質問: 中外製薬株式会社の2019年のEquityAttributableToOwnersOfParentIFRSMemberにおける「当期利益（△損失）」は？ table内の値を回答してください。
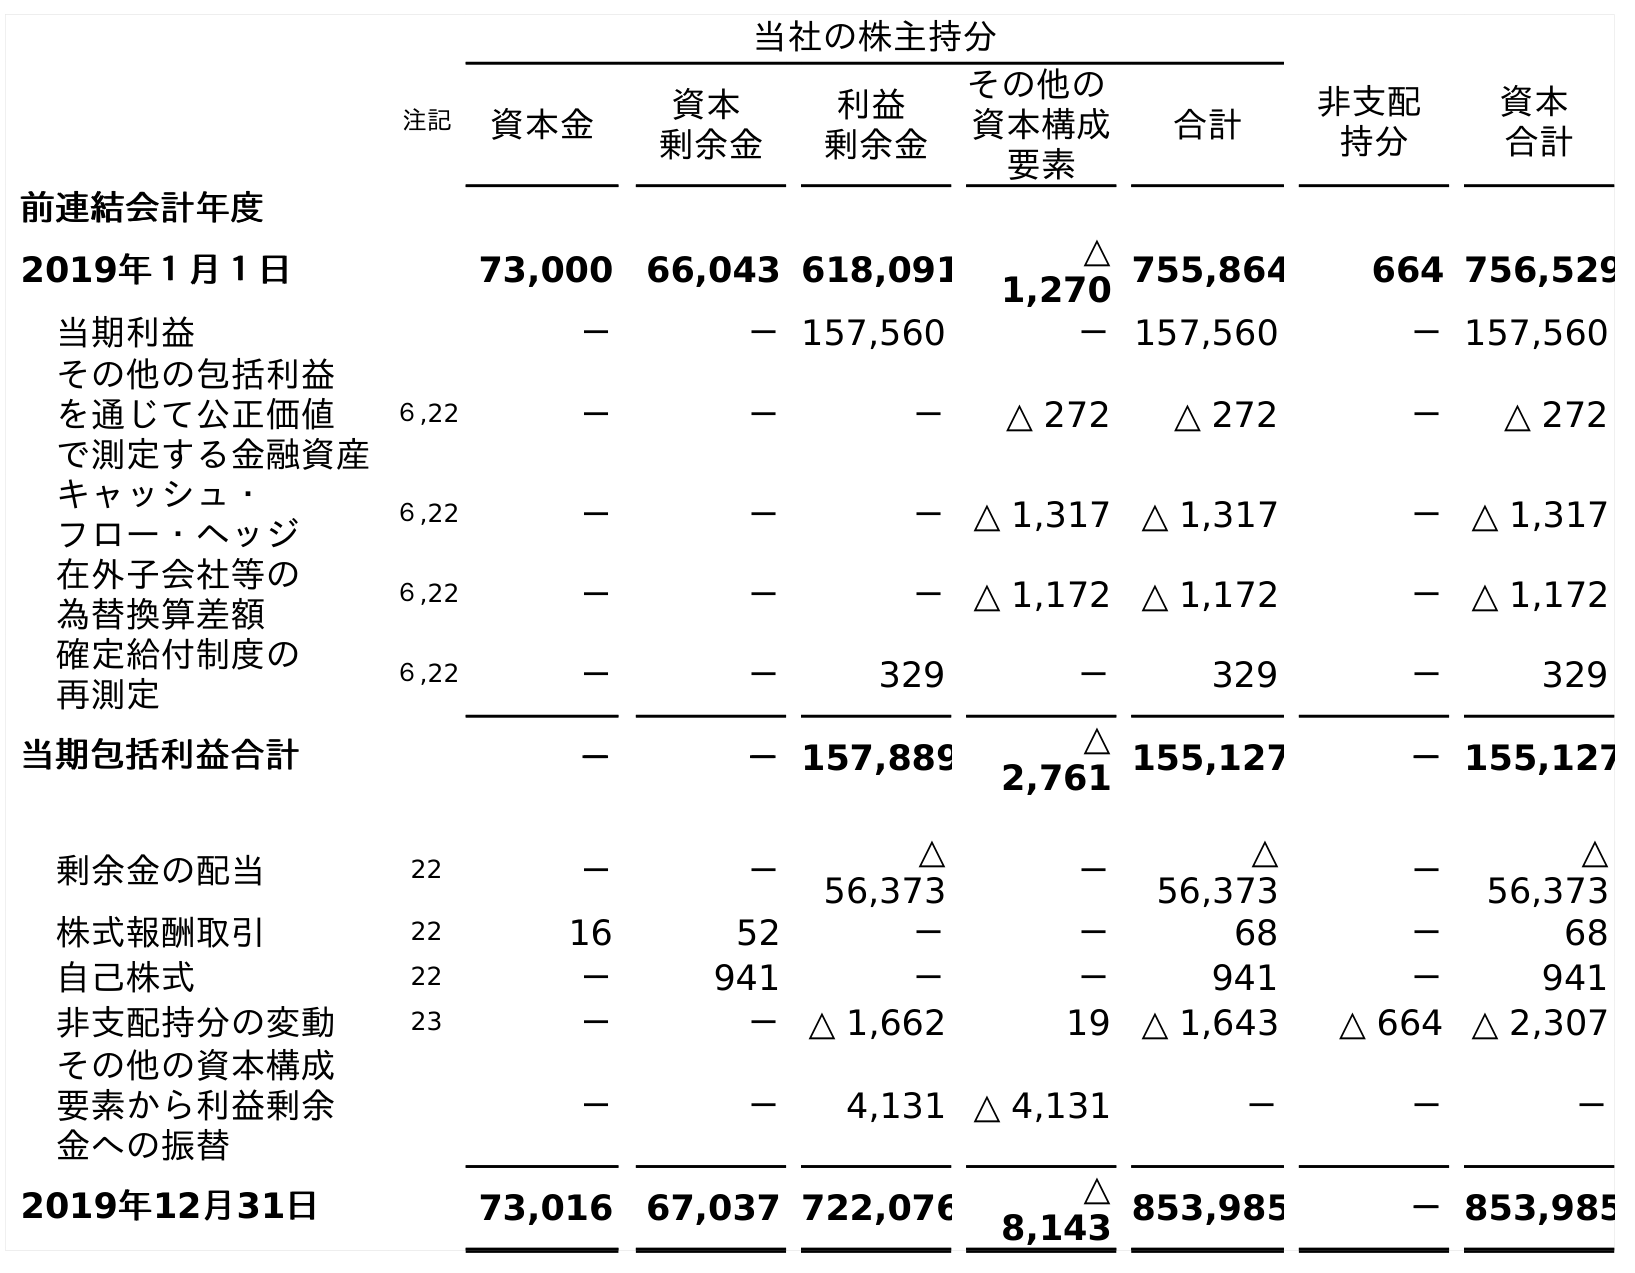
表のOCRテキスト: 当社の株主持分 注記 資本金 資本 剰余金 利益 剰余金 その他の 資本構成 要素 合計 非支配 持分 資本 合計 前連結会計年度 2019年１月１日 73,000 66,043 618,091 △ 1,270 755,864 664 756,529 当期利益 － －157,560 －157,560 －157,560 その他の包括利益 を通じて公正価値 で測定する金融資産 ６,22 － － － △ 272 △ 272 － △ 272 キャッシュ・ フロー・ヘッジ ６,22 － － －△ 1,317 △ 1,317 －△ 1,317 在外子会社等の 為替換算差額 ６,22 － － －△ 1,172 △ 1,172 －△ 1,172 確定給付制度の 再測定 ６,22 － － 329 － 329 － 329 当期包括利益合計 － －157,889 △ 2,761 155,127 －155,127 剰余金の配当 22 － － △ 56,373 － △ 56,373 － △ 56,373 株式報酬取引 22 16 52 － － 68 － 68 自己株式 22 － 941 － － 941 － 941 非支配持分の変動 23 － －△ 1,662 19 △ 1,643 △ 664 △ 2,307 その他の資本構成 要素から利益剰余 金への振替 － － 4,131 △ 4,131 － － － 2019年12月31日 73,016 67,037 722,076 △ 8,143 853,985 －853,985
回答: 157,560